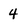
Character: 4